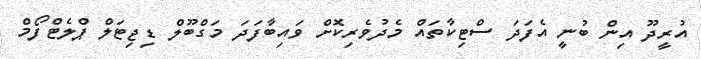
އުރީދޫ އިން ބުނީ އެފަދަ ސްޓިކާތައް މެދުވެރިކޮށް ވައިބާފަދަ މަގްބޫލް ޑިޖިޓަލް ޕްލެޓްފޯމް